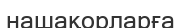
нашақорларға